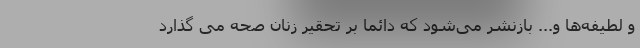
و لطیفه‌ها و... بازنشر می‌شود که دائما بر تحقیر زنان صحه می گذارد